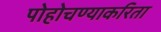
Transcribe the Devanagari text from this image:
पोहोचण्याकरिता